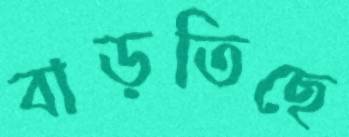
বাড়তিছে